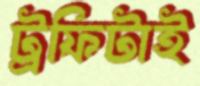
ট্রফিটাই